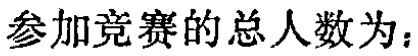
参加竞赛的总人数为：